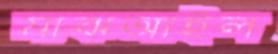
মাঝআইল